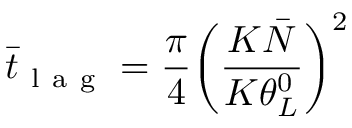
\bar { t } _ { \mathrm { ~ l ~ a ~ g ~ } } = \frac { \pi } { 4 } \bigg ( \frac { K \bar { N } } { K \theta _ { L } ^ { 0 } } \bigg ) ^ { 2 }